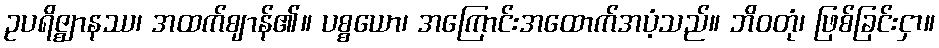
ဥပရိဇ္ဈာနဿ၊ အထက်ဈာန်၏။ ပစ္စယော၊ အကြောင်းအထောက်အပံ့သည်။ ဘိဝတုံ၊ ဖြစ်ခြင်းငှာ။